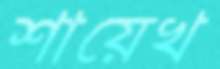
শায়েখ